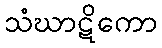
သံဃာဋိကော